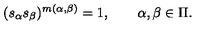
( s _ { \alpha } s _ { \beta } ) ^ { m ( \alpha , \beta ) } = 1 , \qquad \alpha , \beta \in \Pi .